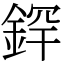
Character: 𫒢